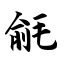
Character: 毹